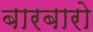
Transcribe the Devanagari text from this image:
बारबारो